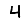
Digit: 4